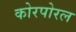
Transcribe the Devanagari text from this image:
कोरपोरल